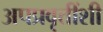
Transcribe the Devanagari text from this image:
अपप्रवृत्तींशी